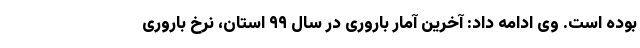
بوده است. وی ادامه داد: آخرین آمار باروری در سال ۹۹ استان، نرخ باروری